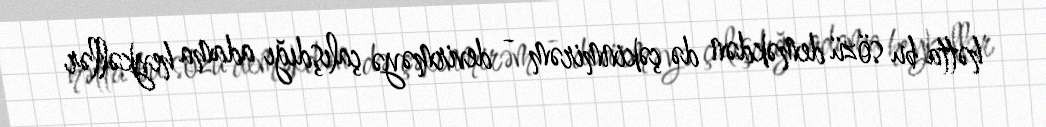
hətta bu sözü deməkdən də çəkinmirəm - devirməyə çalışdığı adama heykəllər